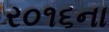
ર૦૧૬ના